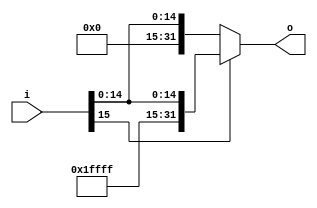
module signExt_16T32(	input [15:0] i,
								output [31:0] o
							);
	assign o = i[15] ? {16'hFFFF,i[15:0]} : {16'h0000,i[15:0]};
endmodule